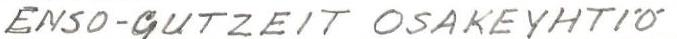
ENSO-GUTZEIT OSAKEYHTIÖ